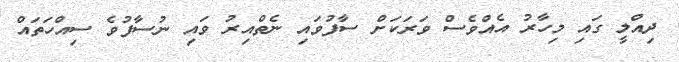
ދިއްލީ ގައި މިހާރު އެއްވެސް ވަރަކަށް ސާފުވައި ނެތްއިރު ވައި ނުސާފުވެ ސިއްހަތައް